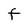
Character: F